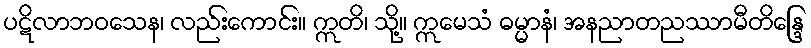
ပဋိလာဘဝသေန၊ လည်းကောင်း။ ဣတိ၊ သို့။ ဣမေသံ ဓမ္မာနံ၊ အနညာတညဿာမီတိန္ဒြေ